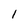
Character: 1